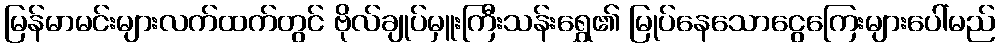
မြန်မာမင်းများလက်ထက်တွင် ဗိုလ်ချုပ်မှူးကြီးသန်းရွှေ၏ မြုပ်နေသောငွေကြေးများပေါ်မည်